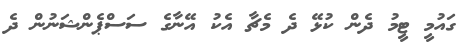
ގައުމީ ޓީމު ދެން ކުޅޭ ދެ މެޗާ އެކު އޭނާގެ ސަސްޕެންޝަނުން ދެ